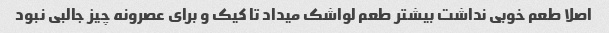
اصلا طعم خوبی نداشت بیشتر طعم لواشک میداد تا کیک و برای عصرونه چیز جالبی نبود